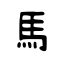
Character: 馬